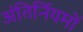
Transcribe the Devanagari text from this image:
अंतिर्नियमों